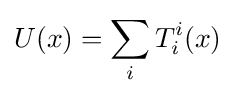
U(x)=\sum _{i}T_{i}^{i}(x)